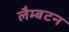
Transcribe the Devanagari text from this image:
लैम्बटन